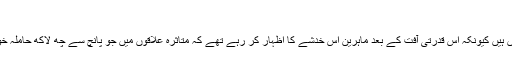
‘‘
سیلاب زدہ علاقوں میں تشنج سے ہونے والی ہلاکتیں غیر متوقع نہیں ہیں کیونکہ اس قدرتی آفت کے بعد ماہرین اس خدشے کا اظہار کر رہے تھے کہ متاثرہ علاقوں میں جو پانچ سے چھ لاکھ حاملہ خواتین موجود ہیں ان میں سے کئی کو مشکلات کا سامنا ہو سکتا ہے۔